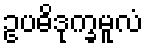
ဥပဓိဒုက္ခမူလံ